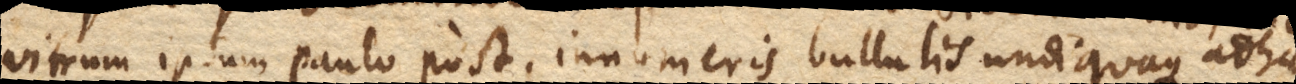
vitrum ipsum paulo post, innumeris bullulis undiquaque adhae–